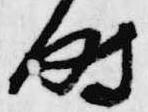
時